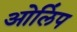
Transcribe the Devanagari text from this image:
ओलिंप